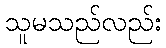
သူမသည်လည်း